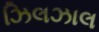
ઝિલઝાલ